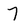
Character: 7